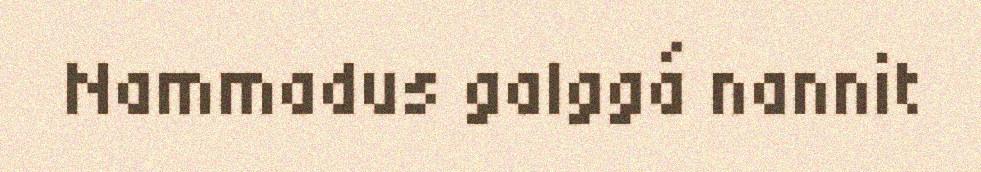
Nammadus galggá nannit